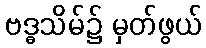
ဗဒ္ဓသိမ်၌ မှတ်ဖွယ်